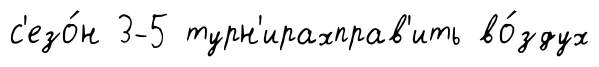
с'езо́н 3-5 турн'ирахправ'ить во́здух